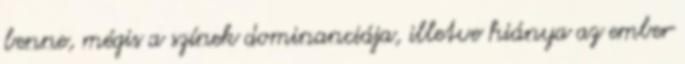
benne, mégis a színek dominanciája, illetve hiánya az ember